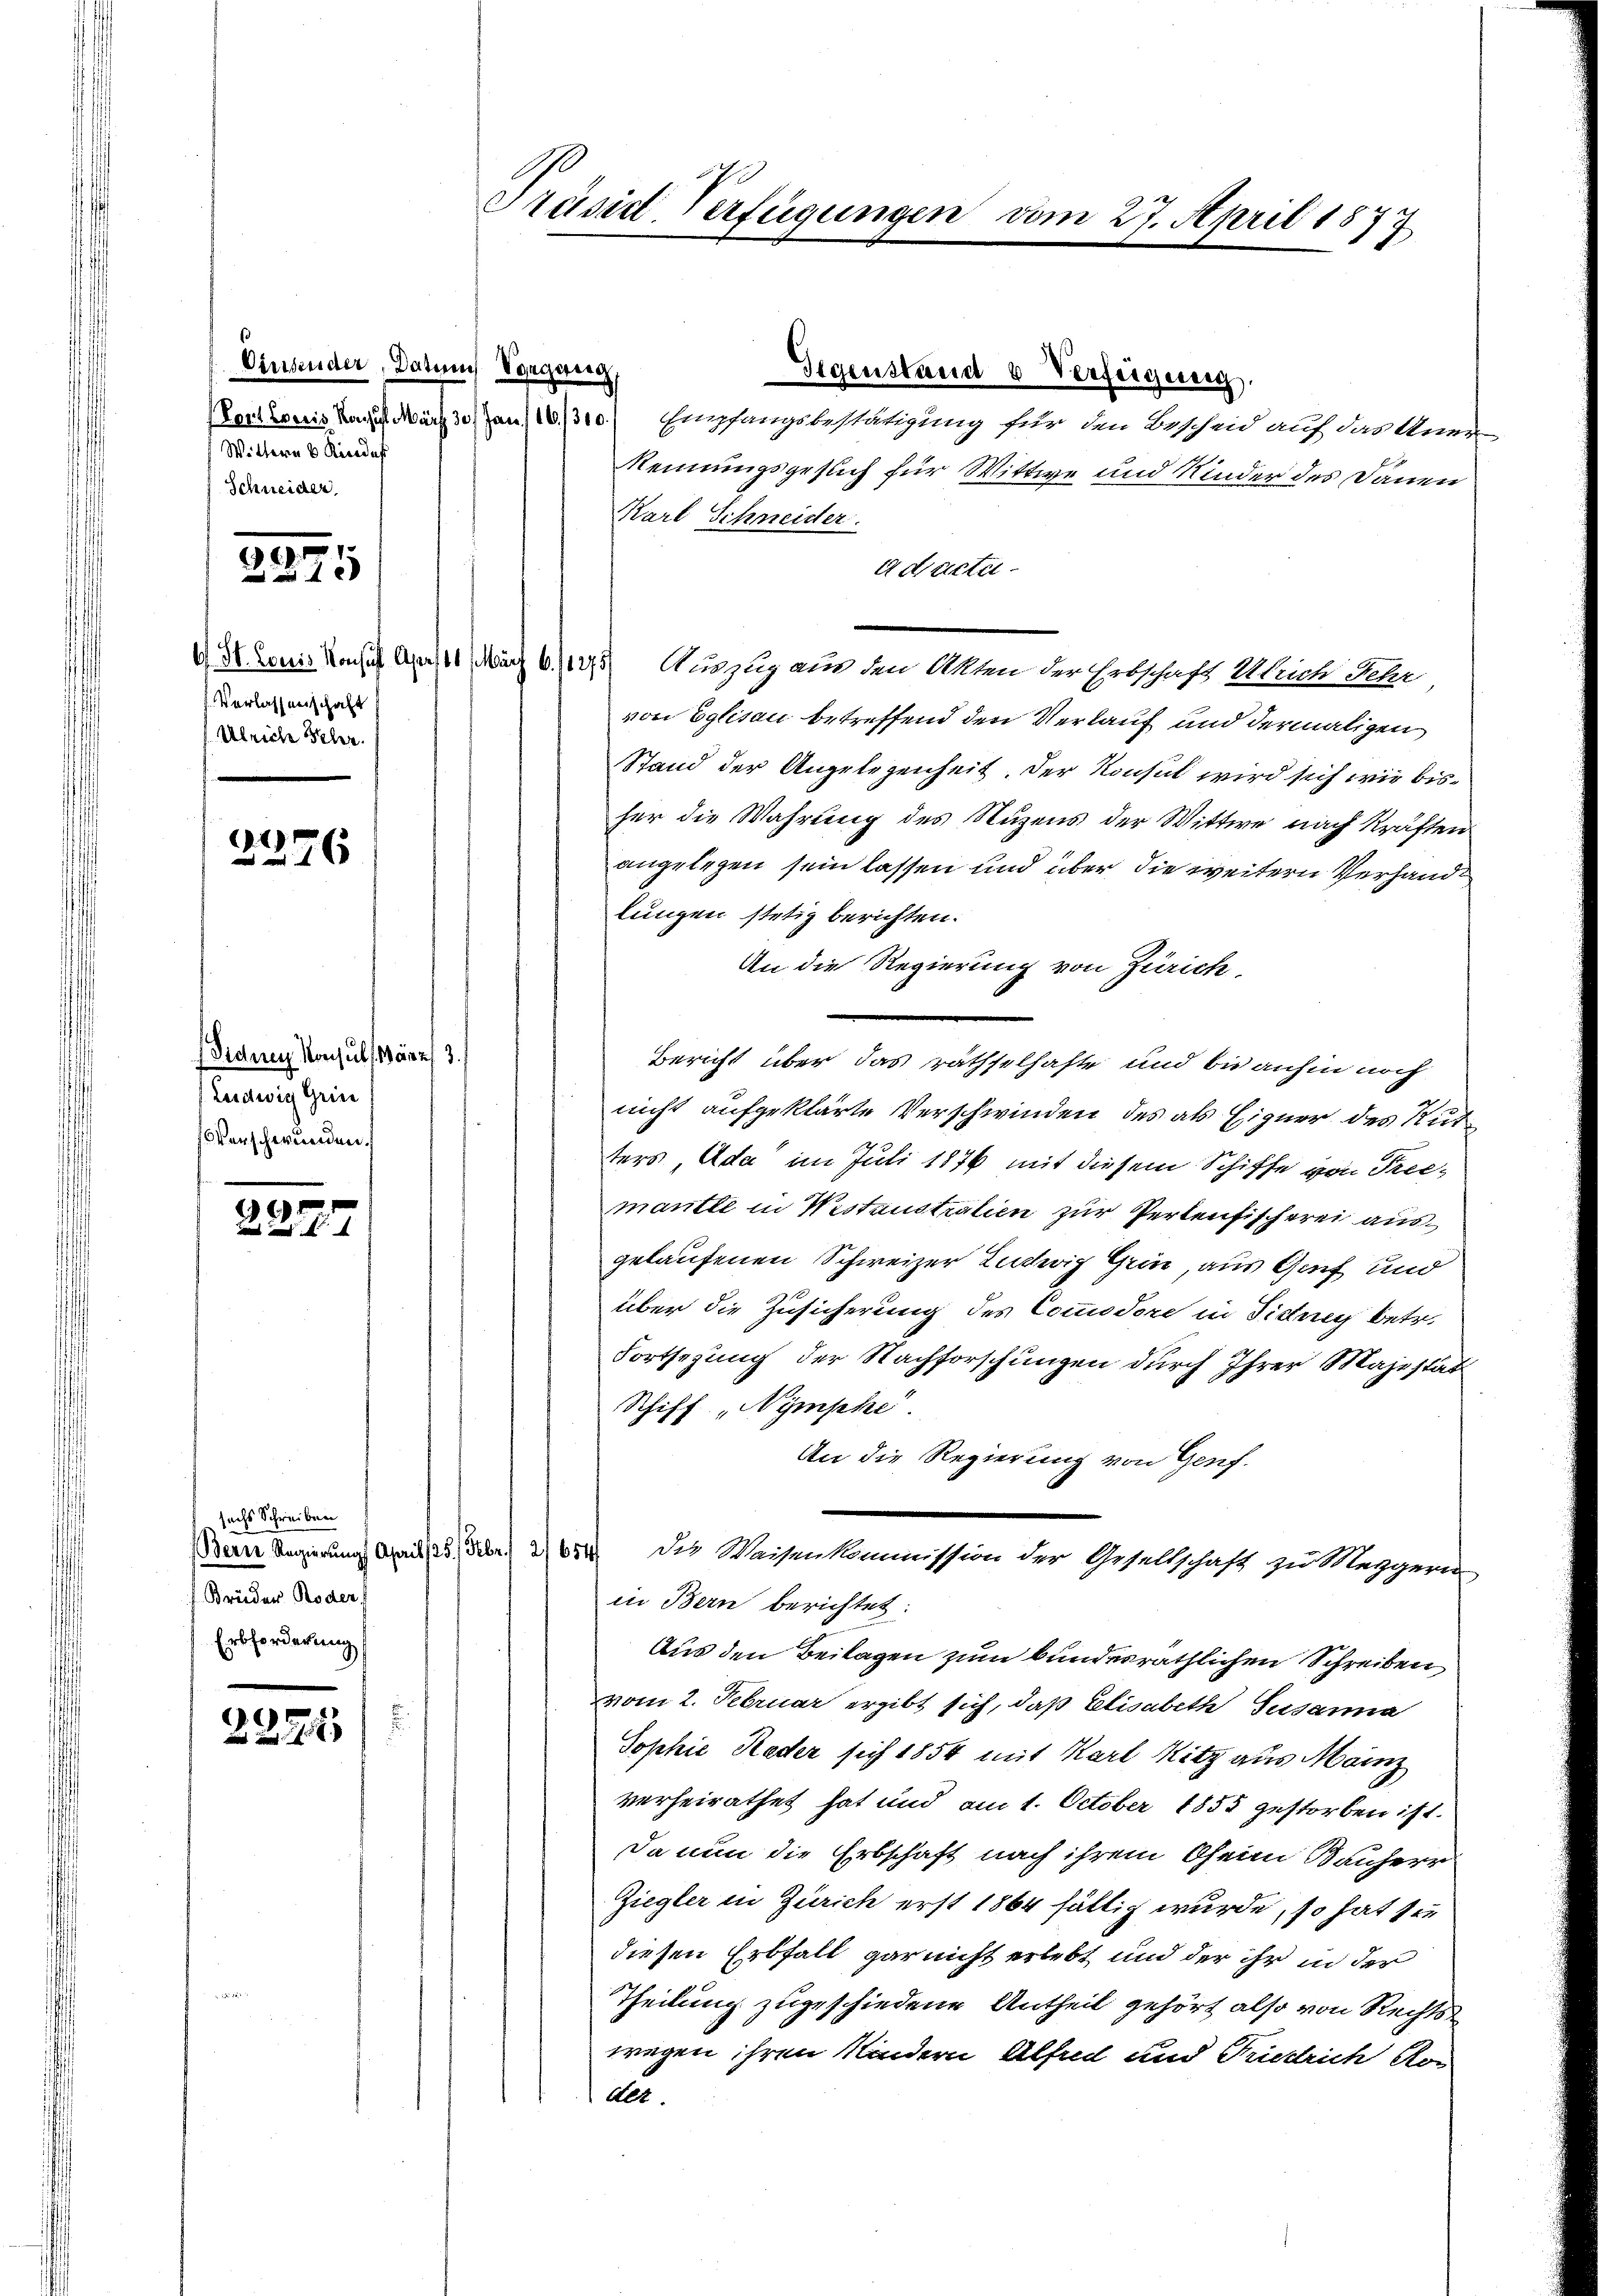
Einsender, Datum Vorgering,
Wittern 6 Kindes
Schneider

8
1 x

St. Louis Konsuch Apr
Verlassenschaft
Ubriche Schr.

1)
46

Diduen Konsuls März
Ludwig Gries
Verschwunden.

Gr

suchs Schreiben
Berne Regierungs Ahrist
Brüder Roden
Erbforderung

8
e
 ux

Präsid-Verfügungen vom 27. April 1877

Gegenstand u Verfügung.
Certonis nach März von 10/310) Empfangsbestätigung für den Bescheid auf das Anre
Rennungsgeslich für Wittwe und Kinder des Dauen
Karl Schneider.
adacta
a 5 Auszug aus den Akten der Erbschaft Ulrich Fehr
von Eglisau betreffend den Verlauf und dermaligen
Stand der Angelegenheit. Der Konsul wird sich wie bisher die Wahrung des Nuzens der Wittwe nach Kräften
angelegen sein lassen und über die weitern Verhandlungen stetig berichten.
An die Regierung von Zürich
13.
Bericht über das räthselhafte und bis anhin noch
nicht aufgeklärte Verschwinden des als Eigner des Rud
ters, Ada im Juli 1876 mit diesem Schiffe von Prec-
mantte in Westaustralien zur Pertenfischerei ausgelaufenen Schweizer Ludwig Grin, aus Genf und
über die Zusicherung des Commodore in Fidung betr.
Fortsezung der Nachforschungen durch Ihrer Majestät
Schiff „Nymphe.
An die Regierung von Genf.
   die Weisenkommission der Gesellschaft zu Mezgern
in Bern berichtet:
Aus den Beilagen zum bundesräthlichen Schreiben,
vom 2. Februar ergibt sich, daß Elisabeth Susanna
Sophie Reder sich 1854 mit Karl Ritz aus Mainz
verheirathet hat und am 1. October 1855 gestorben ist.
Da nun die Erbschaft nach ihrem Oheim Bauherr
Ziegler in Zürich erst 1864 fällig wurde, so hat sie
diesen Erbfall gar nicht erlebt und der ihr in der
Theilung zugeschiedene Antheil gehört also von Rechts
wegen ihren Kindern Alfred und Friedrich Kon
Alt.